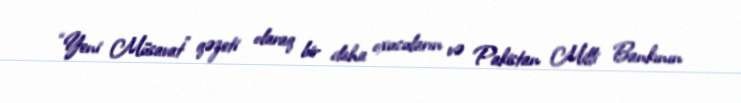
“Yeni Müsavat” qəzeti olaraq bir daha oxucuların və Pakistan Milli Bankının